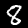
Label: 8